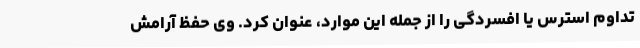
تداوم استرس یا افسردگی را از جمله این موارد، عنوان کرد. وی حفظ آرامش